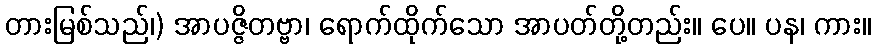
တားမြစ်သည်၊) အာပဇ္ဇိတဗ္ဗာ၊ ရောက်ထိုက်သော အာပတ်တို့တည်း။ ပေ။ ပန၊ ကား။